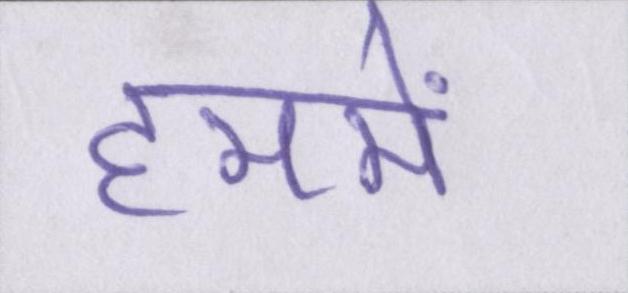
हममें